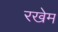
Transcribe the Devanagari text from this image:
रखेम